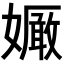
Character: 𡣜